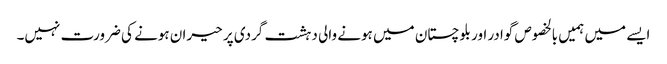
ایسے میں ہمیں بالخصوص گوادر اور بلوچستان میں ہونے والی دہشت گردی پر حیران ہونے کی ضرورت نہیں۔